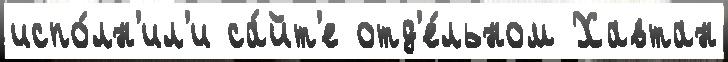
испо́лн'ил'и са́йт'е отд'е́льном Хавтан